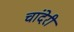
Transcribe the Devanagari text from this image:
चांदेरी